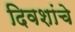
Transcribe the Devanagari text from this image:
दिवशांचे